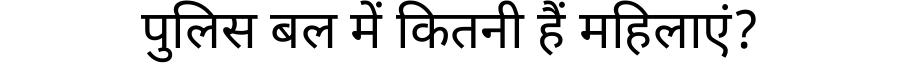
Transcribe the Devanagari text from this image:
पुलिस बल में कितनी हैं महिलाएं?